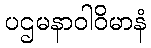
ပဌမနာဝါဝိမာနံ